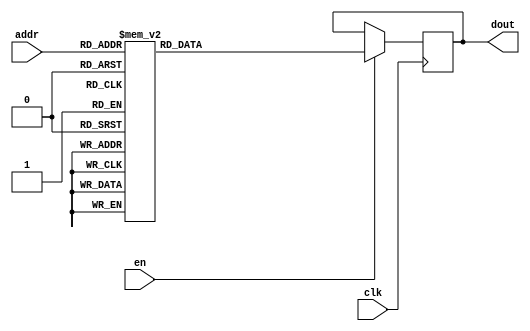
`timescale 1ns / 1ps
/*
Copyright
All right reserved.
Module Name: rom_syn
Author  : Zichuan Liu, Yixing Li and Wenye Liu.
Description:
A synthesized ROM: ROM_DEP x ROM_WID
*/
module DC_9_REF_ROM_6(
// inputs
clk,
en,
addr,
// outputs
dout
);
localparam ROM_WID = 11;
localparam ROM_DEP = 32;
localparam ROM_ADDR = 5;
// input definition
input clk;
input en;
input [ROM_ADDR-1:0] addr;
// output definition
output [ROM_WID-1:0] dout;
reg [ROM_WID-1:0] data;
always @(posedge clk)
begin
if (en) begin
case(addr)
		5'd0: data <= 11'b01000010111;
		5'd1: data <= 11'b00111010100;
		5'd2: data <= 11'b01000111011;
		5'd3: data <= 11'b11000110111;
		5'd4: data <= 11'b01000000011;
		5'd5: data <= 11'b00111011000;
		5'd6: data <= 11'b01111111111;
		5'd7: data <= 11'b00111001111;
		5'd8: data <= 11'b00111010100;
		5'd9: data <= 11'b00001110100;
		5'd10: data <= 11'b01000101101;
		5'd11: data <= 11'b01100100010;
		5'd12: data <= 11'b01000110101;
		5'd13: data <= 11'b00111011111;
		5'd14: data <= 11'b01000011010;
		5'd15: data <= 11'b01001000001;
		5'd16: data <= 11'b01000111010;
		5'd17: data <= 11'b01000100110;
		5'd18: data <= 11'b01000100000;
		5'd19: data <= 11'b11110010100;
		5'd20: data <= 11'b11010000100;
		5'd21: data <= 11'b00111110100;
		5'd22: data <= 11'b00111101100;
		5'd23: data <= 11'b01111111111;
		5'd24: data <= 11'b01000001001;
		5'd25: data <= 11'b01000100101;
		5'd26: data <= 11'b00111100111;
		5'd27: data <= 11'b00111001010;
		5'd28: data <= 11'b10000000000;
		5'd29: data <= 11'b00111000111;
		5'd30: data <= 11'b01011001101;
		5'd31: data <= 11'b01111111111;
		endcase
		end
	end
	assign dout = data;
endmodule